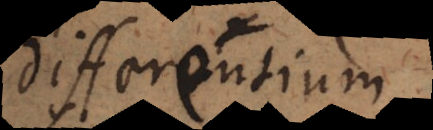
differentium